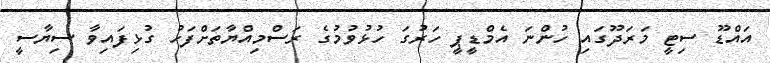
އައްޑޫ ސިޓީ މަރަދޫގައި ހުންނަ އެމްޑީޕީ ހަރުގަ ހުޅުވުމުގެ ރަސްމިއްޔާތަށްފަހު ގުޅިފައިވާ ސިޔާސީ